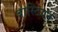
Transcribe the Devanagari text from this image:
बास्टियन